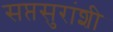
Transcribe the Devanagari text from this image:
सप्तसुरांशी